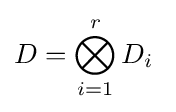
D=\bigotimes _{i=1}^{r}D_{i}\